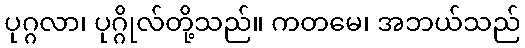
ပုဂ္ဂလာ၊ ပုဂ္ဂိုလ်တို့သည်။ ကတမေ၊ အဘယ်သည်